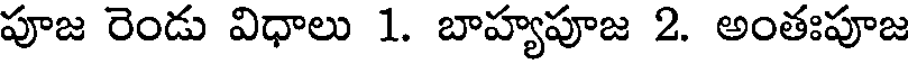
పూజ రెండు విధాలు 1. బాహ్యపూజ 2. అంతఃపూజ